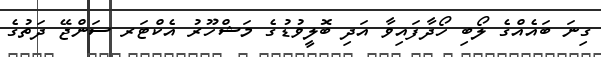
ގިނަ ބައެއްގެ ލޯބި ހޯދާފައިވާ އަދި ބޮލީވުޑުގެ މަޝްހޫރު އެކްޓަރ ސަންޖޭ ދަތުގެ